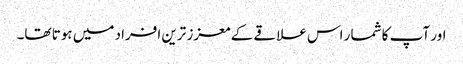
اور آپ کا شمار اس علاقے کے معزز ترین افراد میں ہوتا تھا۔